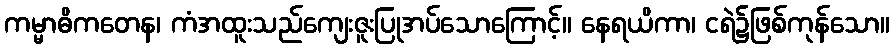
ကမ္မာဓိကတေန၊ ကံအထူးသည်ကျေးဇူးပြုအပ်သောကြောင့်။ နေရယိကာ၊ ငရဲ၌ဖြစ်ကုန်သော။